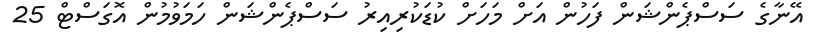
އޭނާގެ ސަސްޕެންޝަން ފަހުން އަށް މަހަށް ކުޑަކުރިއިރު ސަސްޕެންޝަން ހަމަވުމުން އޮގަސްޓް 25